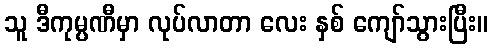
သူ ဒီကုမ္ပဏီမှာ လုပ်လာတာ လေး နှစ် ကျော်သွားပြီး။